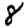
Digit: 8